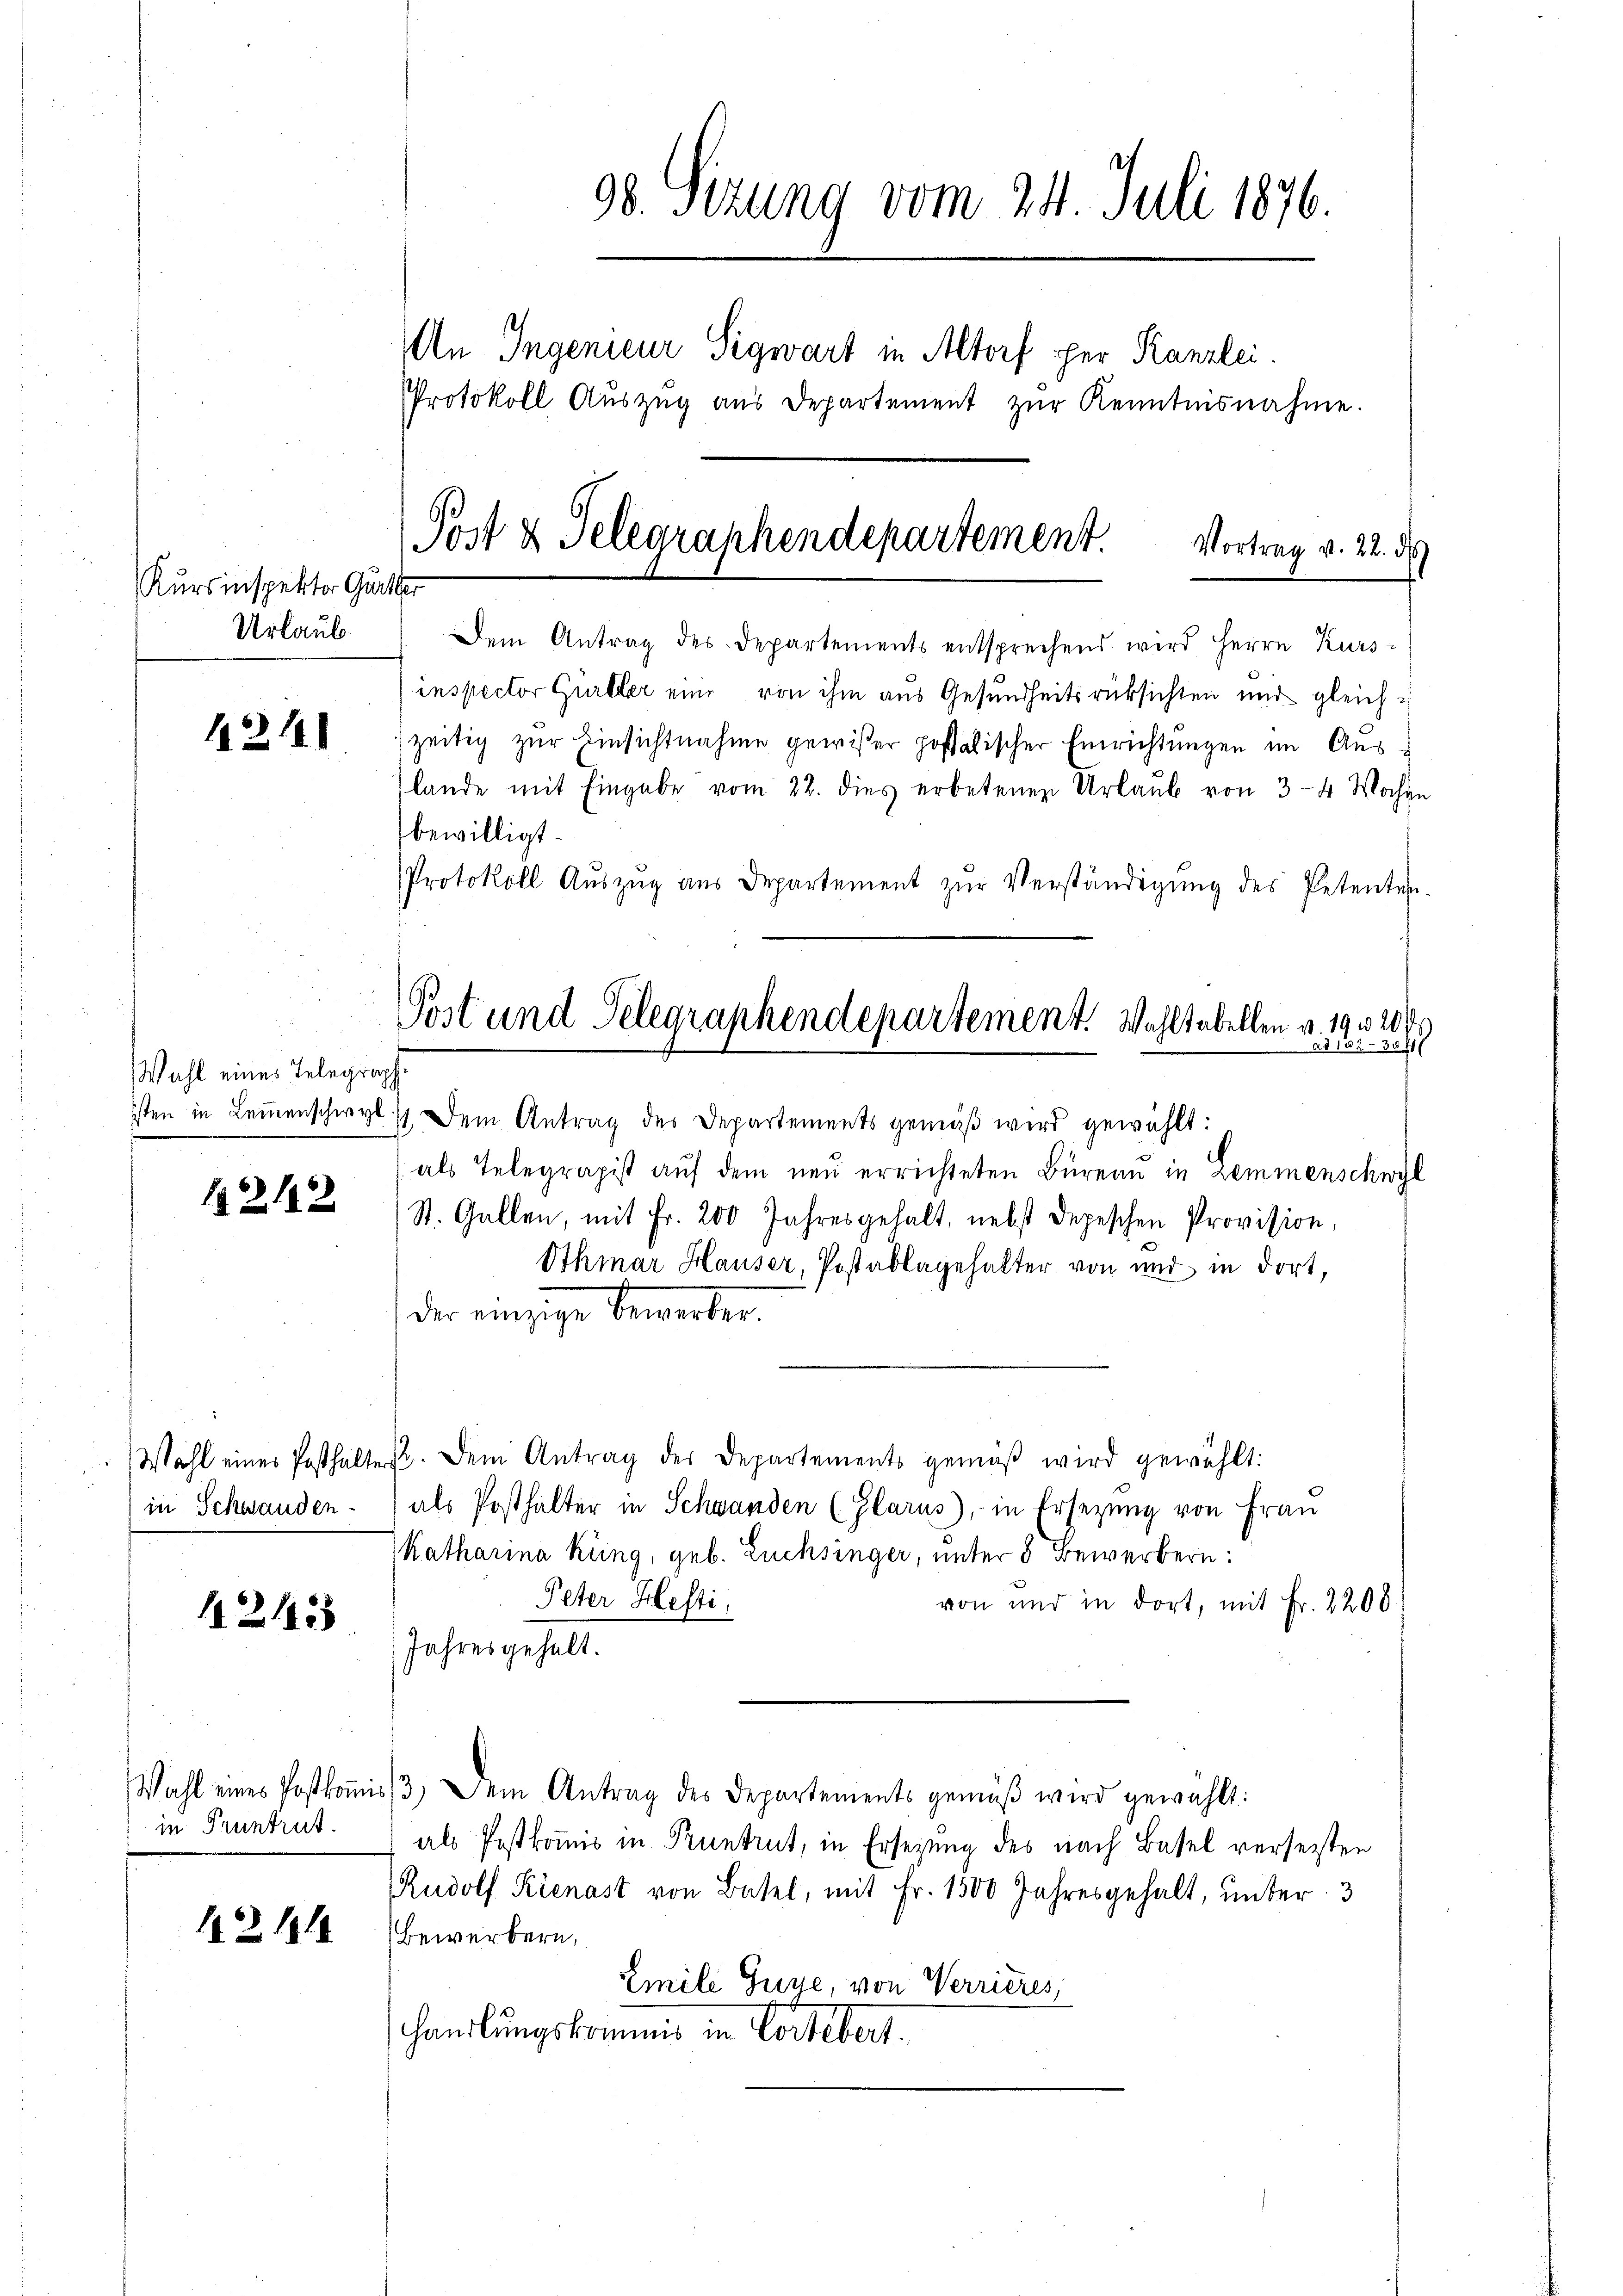
98. Sizung vom 24. Juli 1876.
An Ingenieur Sigwart in Altorf per Kanzlei.
Protokoll Aŭszŭg aŭs departement zŭr Kenntnisnahme.
Post & Gelegraphendepartement. Vortrag v. 22. ds
Kursinspekter Gurter
Urlaub
Dem Antrag des Departements entsprechend wird Herrn Kursinspector Gurtler eine von ihm aus Gesundheitsrüksichten und gleich

1214

Wahl eines Telegraph

12142

Wahl eines Posthalt
in Schwanden.

121435

Wahl eines Postkomi
in Pruntrut

1211

zeitig zur Einsichtnahme gewißer possalischer Einrichtungen im Auslande mit Eingabe vom 22. dies erbetenen Urlaŭb von 3–4 Wochen
bewilligt.
Protokoll Auszug aus Departement zŭr Verständigung des Petenten-

als Telegrapis aŭf dem neŭ errichteten Büreaŭ in Lemmenschwyl
St. Gallen, mit Fr. 200 Jahresgehalt, nebst Depeschen Provision,
Othmar Hauser, Postablagehalter von und in dort,
der einzige Bewerker.
72. Dem Antrag des Departements gemäß wird gewählt:
als Posthalter in Schwanden (Glarus), in Ersezung von Frau
Katharina Küng, geb. Luchsinger, unter 5 Bewerbern:
Peter Hefti,
von und in dort, mit Fr. 2200
Jahres gehalt.
3.) Dem Antrag des Departements gemäβ wird gewählt:
als Pestkommis in Pruntrut, in Ersezung des nach Basel verseiten
Rudolf Kienast von Basel, mit Fr. 1500 Jahresgehalt, unter 3
Bewerbern,
Emile Suye, von Verrieres,
handlungskommis in Vortebert.

Post und Telegraphendepartement. Wahltabellen v. 19 n 200.
ad 13230 ff
1sten in Leinenschwyl 11. Dem Antrag des Departements gemäß wird gewählt: